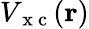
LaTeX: V_{\mathrm{~x~c~}}(\mathbf{r})